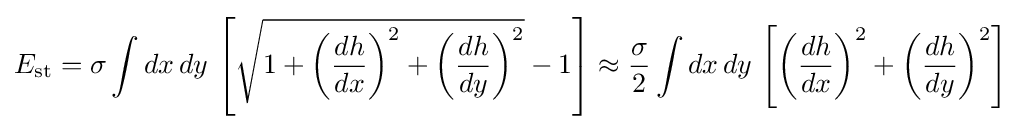
E_{\mathrm {st} }=\sigma \int dx\,dy\,\left[{\sqrt {1+\left({\frac {dh}{dx}}\right)^{2}+\left({\frac {dh}{dy}}\right)^{2}}}-1\right]\approx {\frac {\sigma }{2}}\int dx\,dy\,\left[\left({\frac {dh}{dx}}\right)^{2}+\left({\frac {dh}{dy}}\right)^{2}\right]